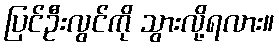
ပြင်ဦးလွင်ကို သွားလို့ရလား။